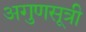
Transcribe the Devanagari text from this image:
अगुणसूत्री